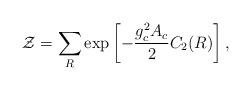
LaTeX: \begin{align*}{\cal Z}=\sum_{R} \exp\left[-{{g_c^2 A_c}\over 2}C_2(R)\right],\end{align*}